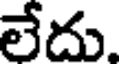
లేదు.